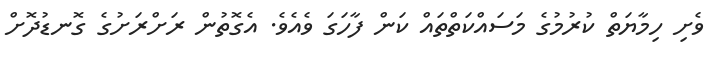
ވެށި ހިމާޔަތް ކުރުމުގެ މަސައްކަތްތައް ކަން ފާހަގަ ވެއެވެ. އެގޮތުން ރަށްރަށުގެ ގޮނޑުދޮށް